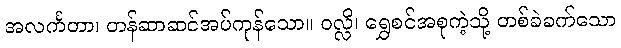
အလင်္ကတာ၊ တန်ဆာဆင်အပ်ကုန်သော။ ဝလ္လိ၊ ရွှေစင်အစုကဲ့သို့ တစ်ခဲခက်သော